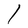
Character: l